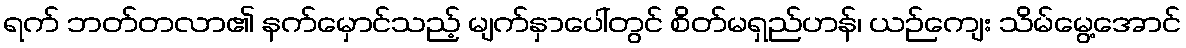
ရက် ဘတ်တလာ၏ နက်မှောင်သည့် မျက်နှာပေါ်တွင် စိတ်မရှည်ဟန်၊ ယဉ်ကျေး သိမ်မွေ့အောင်